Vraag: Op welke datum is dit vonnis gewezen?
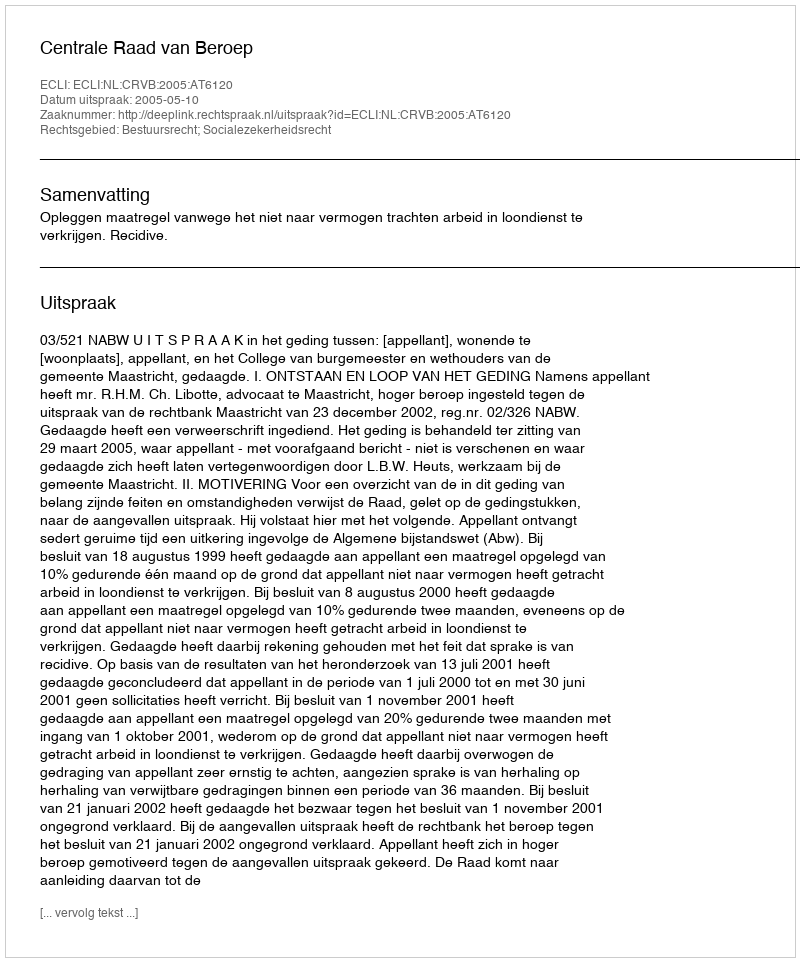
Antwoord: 2005-05-10